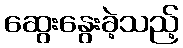
ဆွေးနွေးခဲ့သည့်